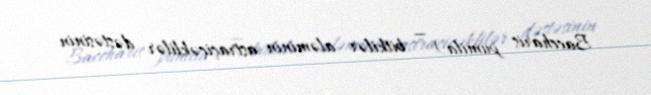
Baccharis pumila) — bitkilər aləminin astraçiçəklilər dəstəsinin